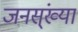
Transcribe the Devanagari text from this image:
जनस्ंख्या